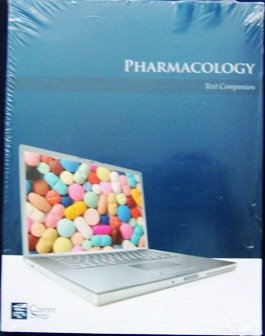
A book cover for Pharmacology (Career Step: Medical Transcription Editor Program Companion); Medical Books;